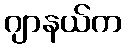
ဂျာနယ်က